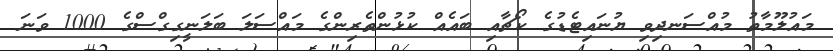
މައުލޫމާތު މުއްސަނދިވި ޔުނައިޓެޑުގެ ކޯޗާއި ބައެއް ކުޅުންތެރިންގެ މައްސަލަ ބަލަނީގިގްސްގެ 1000 ވަނަ